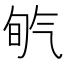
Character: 𣱡